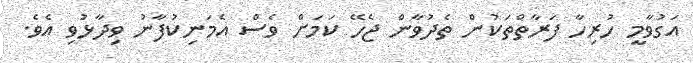
އަގުވާމީ ހުރިހާ ފަރާތްތަކުން ތެދުވާން ޖެހޭ ކަމަށް ވެސް އެމަނިކުފާނު ވިދާޅުވި އެވެ.